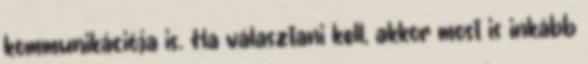
kommunikációja is. Ha választani kell, akkor most is inkább